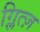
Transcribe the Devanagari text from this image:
ग्लित्ज़